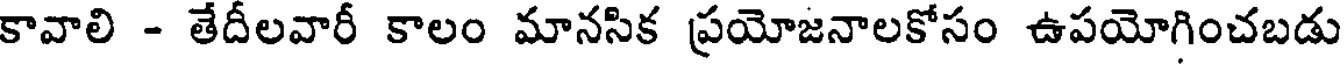
కావాలి - తేదీలవారీ కాలం మానసిక ప్రయోజనాలకోసం ఉపయోగించబడు